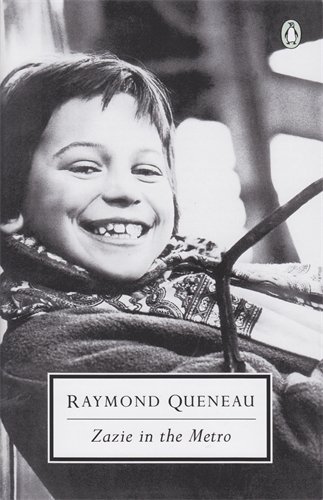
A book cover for Zazie in the Metro (Penguin Classics); Raymond Queneau; Literature & Fiction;